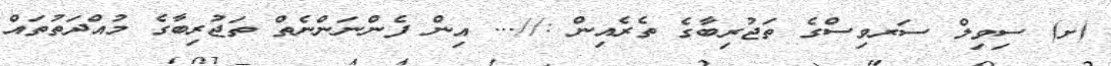
(ށ) ސިވިލް ސަރވިސްގެ ތަޖުރިބާގެ ތެރެއިން ://... އިން ފެންނަންނެތް ތަޖުރިބާގެ މުއްދަތުތައް